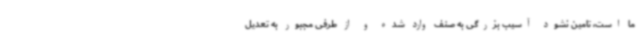
ما است، تامین نشود آسیب بزرگی به صنف وارد شده و از طرفی مجبور به تعدیل